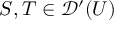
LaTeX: S , T \in { \mathcal { D } } ^ { \prime } ( U )